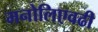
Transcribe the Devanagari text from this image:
मनोलिएवढी